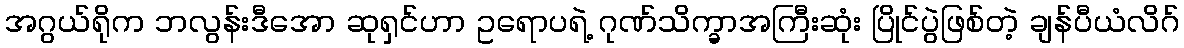
အဂွယ်ရိုက ဘလွန်းဒီအော ဆုရှင်ဟာ ဥရောပရဲ့ ဂုဏ်သိက္ခာအကြီးဆုံး ပြိုင်ပွဲဖြစ်တဲ့ ချန်ပီယံလိဂ်